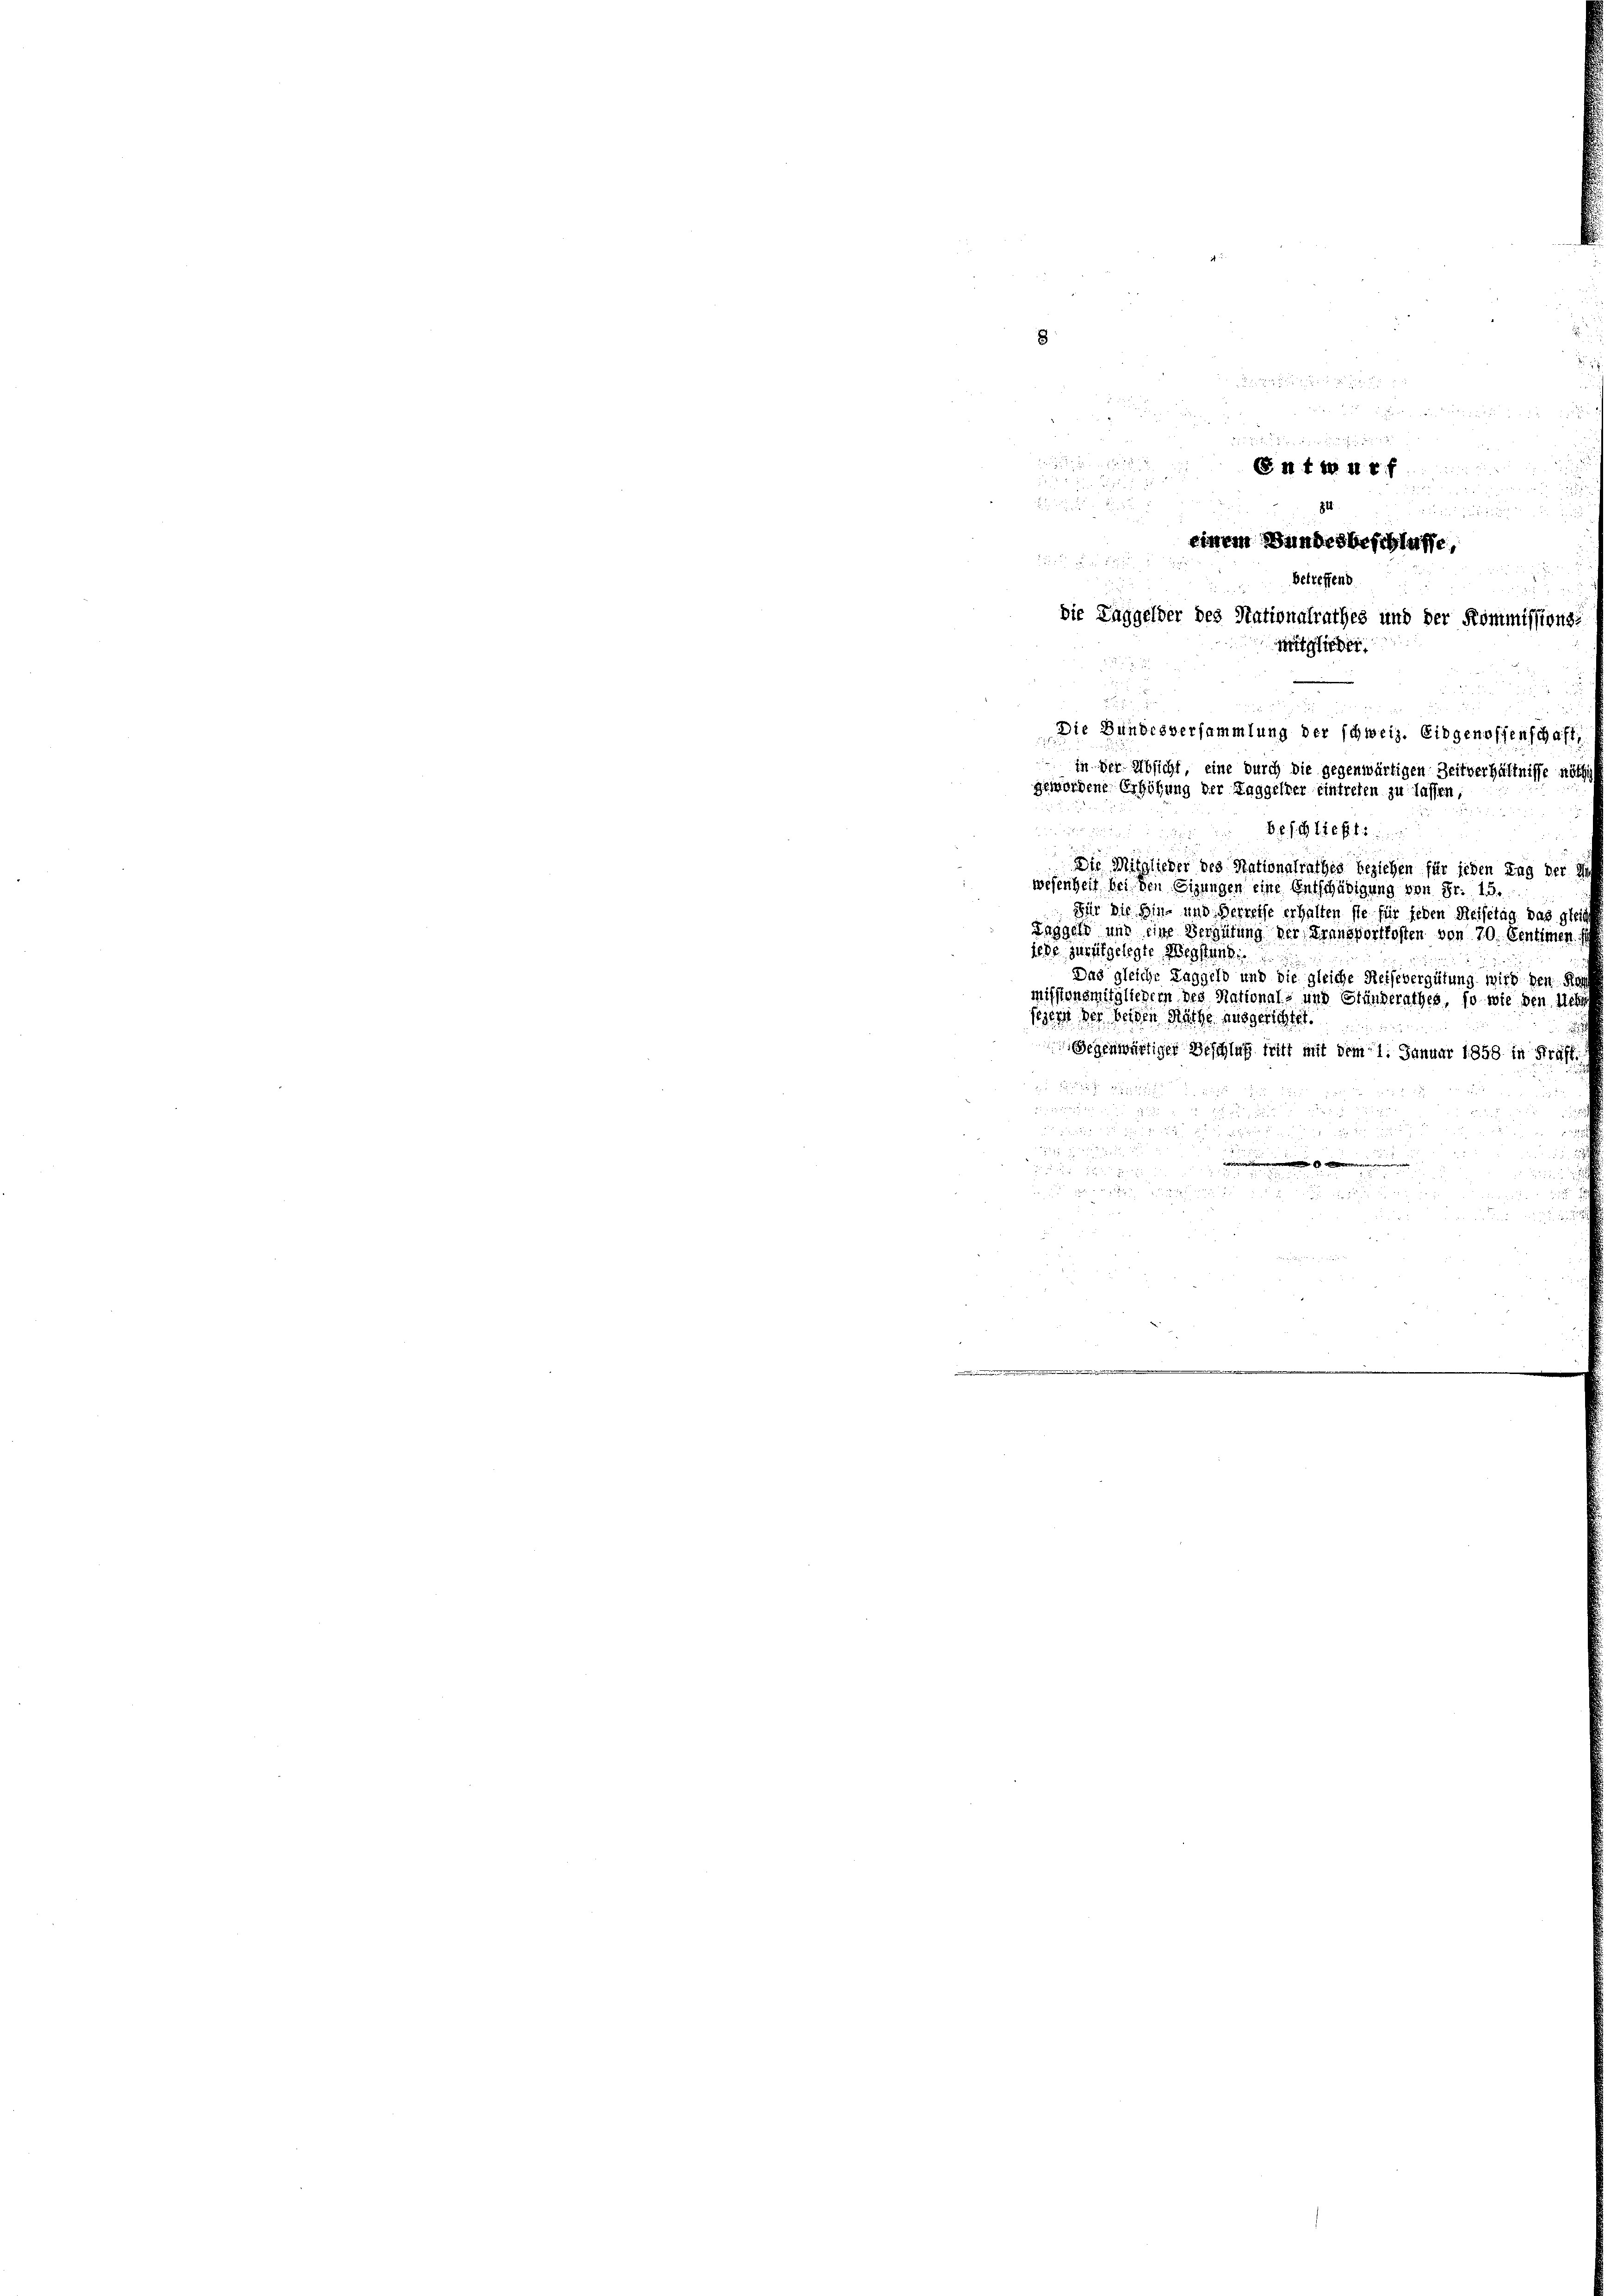
8

.

3

n

B. II t S. 418 f

34

gewordene Erhöhung der Taggelder eintreten zu lassen,

Bestief
Die Mitglieder des Nationalrathes Beziehen für jeden ung der Mi
wesenheit bei den Eigungen eine Entschädigung von Fr. 15.
Für die Bin- und Derreise erhalten sie für jeden Reisetag das glei
Taggeld und eine Vergütung der Fransportkosten von 70. Sentimen f
iehe zurükgelegte Wegstung.
Das gleiche Taggeld und die gleiche Reihevergütung wird den Kauf
missionsmitgliedern des National- und Ständerathes, so wie den Schuh
sesen der beiden Räthe ausgerichtet.

Gegenwärtiger Beschluß tritt mit dem 1. Januar 1858 in Kräft
1 18

u

.

r

30

einem Bundesbeschlaffe,

Betreffend
die Taggelder des Nationalrathes und der Kommissions-
Mitglieder

Die Bundesversammlung der schweiz. Eidgenossenschaft,
in der Absicht, eine durch die gegenwärtigen Zeitverhältnisse nöth